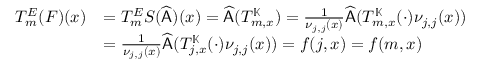
\begin{array} { r l } { T _ { m } ^ { E } ( F ) ( x ) } & { = T _ { m } ^ { E } S ( \widehat { \mathsf { A } } ) ( x ) = \widehat { \mathsf { A } } ( T _ { m , x } ^ { \mathbb { K } } ) = \frac { 1 } { \nu _ { j , j } ( x ) } \widehat { \mathsf { A } } ( T _ { m , x } ^ { \mathbb { K } } ( \cdot ) \nu _ { j , j } ( x ) ) } \\ & { = \frac { 1 } { \nu _ { j , j } ( x ) } \widehat { \mathsf { A } } ( T _ { j , x } ^ { \mathbb { K } } ( \cdot ) \nu _ { j , j } ( x ) ) = f ( j , x ) = f ( m , x ) } \end{array}